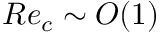
R e _ { c } \sim O ( 1 )